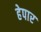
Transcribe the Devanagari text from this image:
हेपार